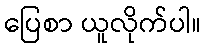
ပြေစာ ယူလိုက်ပါ။